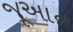
જૂઆન